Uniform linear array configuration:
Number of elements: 32
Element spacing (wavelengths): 0.5
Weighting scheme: hamming
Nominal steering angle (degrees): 0
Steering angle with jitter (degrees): -0.2785
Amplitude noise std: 0.05
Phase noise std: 0.05

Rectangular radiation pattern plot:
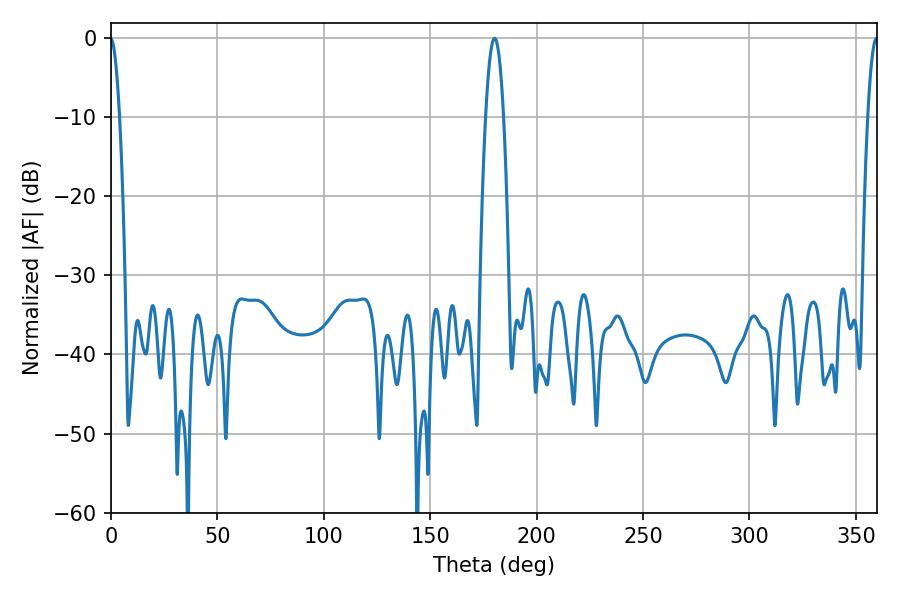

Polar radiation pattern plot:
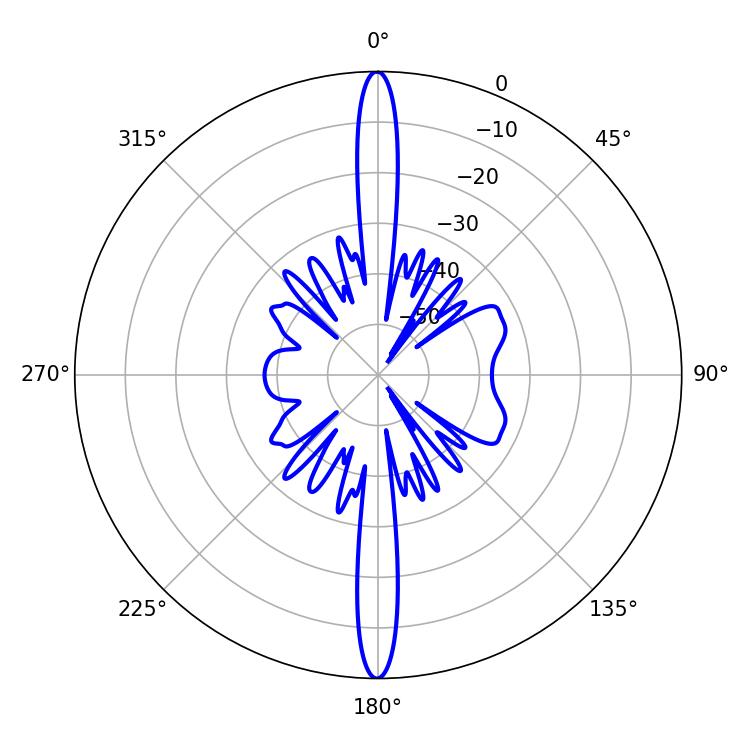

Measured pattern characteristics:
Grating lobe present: FALSE
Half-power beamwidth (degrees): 4.68
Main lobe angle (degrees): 180.18